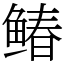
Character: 䲠